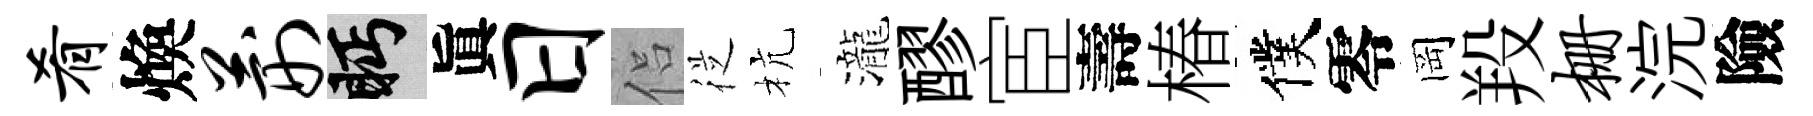
肴煥荆眄眞日侣従杭瀧醪宦壽椿僕零岡羖栅浣險